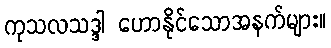
ကုသလသဒ္ဒါ ဟောနိုင်သောအနက်များ။